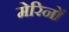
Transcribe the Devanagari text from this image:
मेरिनों